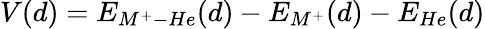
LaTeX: V(d)=E_{M^{+}-He}(d)-E_{M^{+}}(d)-E_{He}(d)